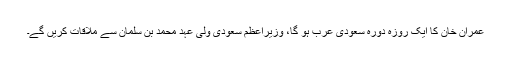
عمران خان کا ایک روزہ دورہ سعودی عرب ہو گا، وزیراعظم سعودی ولی عہد محمد بن سلمان سے ملاقات کریں گے۔